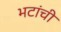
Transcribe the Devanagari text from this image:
भटांची